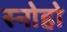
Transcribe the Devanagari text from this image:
स्नोहो